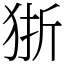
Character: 狾